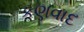
કણવાદ